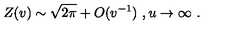
Z ( v ) \sim \sqrt { 2 \pi } + O ( v ^ { - 1 } ) \ , u \rightarrow \infty \ .